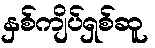
နှစ်ကျိပ်ရှစ်ဆူ